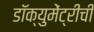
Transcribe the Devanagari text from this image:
डॉक्युमेंट्रीची